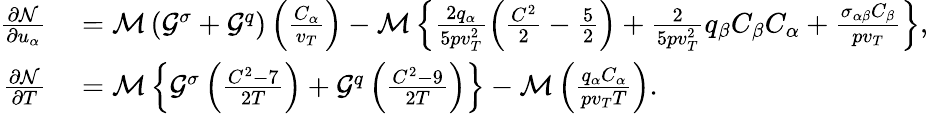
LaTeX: \begin{array}{rl}{\frac{\partial\mathcal{N}}{\partial u_{\alpha}}}&{{}=\mathcal{M}\left(\mathcal{G}^{\sigma}+\mathcal{G}^{q}\right)\left(\frac{C_{\alpha}}{v_{T}}\right)-\mathcal{M}\left\{ \frac{2q_{\alpha}}{5pv_{T}^{2}}\left(\frac{C^{2}}{2}-\frac{5}{2}\right)+\frac{2}{5pv_{T}^{2}}q_{\beta}C_{\beta}C_{\alpha}+\frac{\sigma_{\alpha\beta}C_{\beta}}{pv_{T}}\right\} ,}\\ {\frac{\partial\mathcal{N}}{\partial T}}&{{}=\mathcal{M}\left\{ \mathcal{G}^{\sigma}\left(\frac{C^{2}-7}{2T}\right)+\mathcal{G}^{q}\left(\frac{C^{2}-9}{2T}\right)\right\} -\mathcal{M}\left(\frac{q_{\alpha}C_{\alpha}}{pv_{T}T}\right).}\end{array}